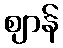
ဈာန်